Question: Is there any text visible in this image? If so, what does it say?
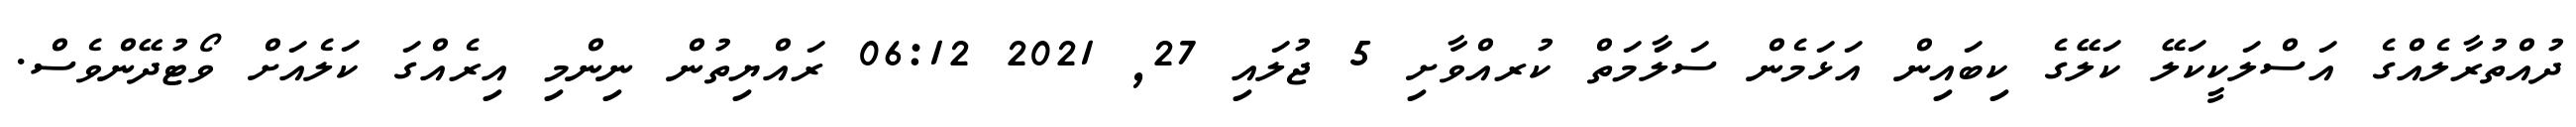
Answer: ދުއްތުރާލެއްގެ އަސްލަކީކަލޭ ކަލޭގެ ކިބައިން އަޅަމެން ސަލަާމަތް ކުރއްވާށި 5 ޖުލައި 27, 2021 06:12 ރައްޔިތުން ނިންމި އިރެއްގަ ކަލެއަށް ވޯޓުދޭންވެސް.